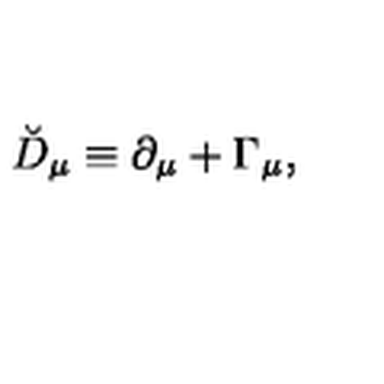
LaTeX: \breve { D } _ { \mu } \equiv \partial _ { \mu } + \Gamma _ { \mu } ,